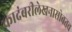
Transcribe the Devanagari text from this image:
कादंबरीलेखनासोबतच